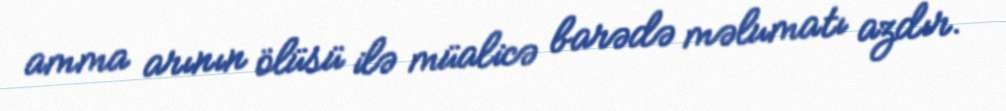
amma arının ölüsü ilə müalicə barədə məlumatı azdır.